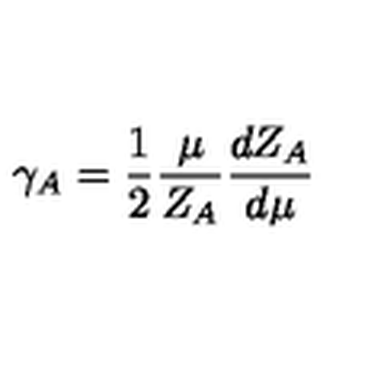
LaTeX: \gamma _ { A } = \frac { 1 } { 2 } \frac { \mu } { Z _ { A } } \frac { d Z _ { A } } { d \mu }